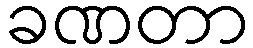
ခဏတာ